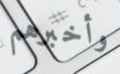
وأخبرهم